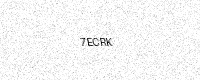
Text: 7ECRK